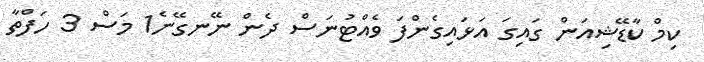
ކިމް ކާޑޭޝިއަން ގައިގަ އަޅައިގެންފަ ވެއްޓުނަސް ދެން ނޭނގޭނެ1 މަސް 3 ހަފްތާ